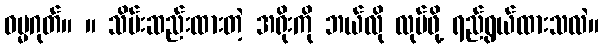
ဓမ္မဂုတ်။ ။ သိမ်းဆည်းထားတဲ့ အရိုးကို ဘယ်လို လုပ်ဖို့ ရည်ရွယ်ထားသလဲ။